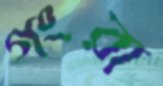
গংরা